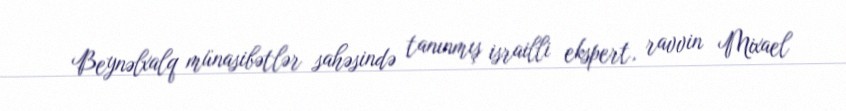
Beynəlxalq münasibətlər sahəsində tanınmış israilli ekspert, ravvin Mixael